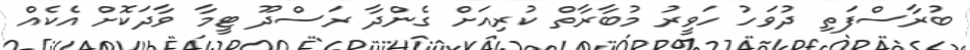
ބުރާސްފަތި ދުވަހު ހަވީރު މުބާރާތް ކުރިއަށް ގެންދާ ރަސްދޫ ޓީމާ ވާދަކޮށް އެކެއް